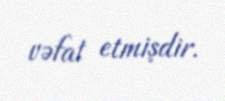
vəfat etmişdir.